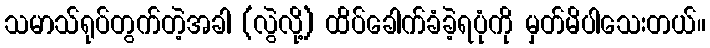
သမာသ်ရုပ်တွက်တဲ့အခါ (လွဲလို့) ထိပ်ခေါက်ခံခဲ့ရပုံကို မှတ်မိပါသေးတယ်။